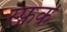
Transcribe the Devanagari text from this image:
स्फ़क